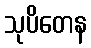
သုပိတေန